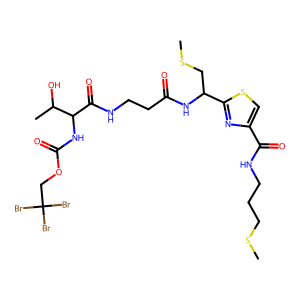
SMILES: CSCCCNC(=O)c1csc(C(CSC)NC(=O)CCNC(=O)C(NC(=O)OCC(Br)(Br)Br)C(C)O)n1
Inhibits HIV replication: No